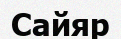
Сайяр